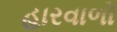
હારવાળો